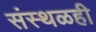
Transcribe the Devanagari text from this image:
संस्थळही